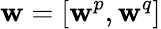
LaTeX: \mathbf{w}=\left[\mathbf{w}^{p},\mathbf{w}^{q}\right]